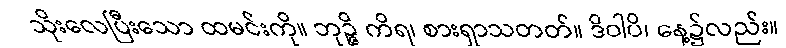
သိုးလေပြီးသော ထမင်းကို။ ဘုဉ္ဇိ ကိရ၊ စားရှာသတတ်။ ဒိဝါပိ၊ နေ့၌လည်း။